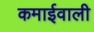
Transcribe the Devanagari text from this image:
कमाईवाली